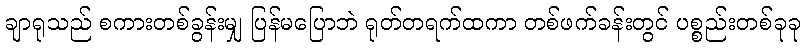
ချာရုသည် စကားတစ်ခွန်းမျှ ပြန်မပြောဘဲ ရုတ်တရက်ထကာ တစ်ဖက်ခန်းတွင် ပစ္စည်းတစ်ခုခု